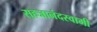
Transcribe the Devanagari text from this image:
सहजानंदस्वामी